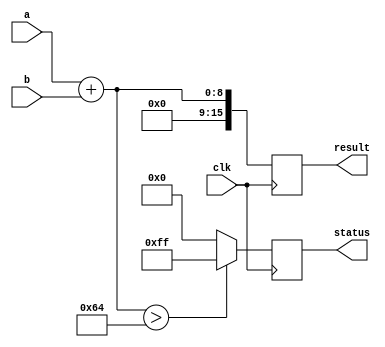
module behavioral_model (
    input wire clk,
    input wire [7:0] a,
    input wire [7:0] b,
    output reg [15:0] result,
    output reg [7:0] status
);

// Signal Declaration
reg [15:0] temp_result;

// Task Declaration
task calculate_sum;
    input [7:0] x;
    input [7:0] y;
    output [15:0] sum;
    begin
        sum = x + y; // Calculate the sum of two inputs
    end
endtask

task check_status;
    input [15:0] sum;
    output [7:0] stat;
    begin
        if (sum > 100) begin
            stat = 8'hFF; // Status high if sum is greater than 100
        end else begin
            stat = 8'h00; // Status low otherwise
        end
    end
endtask

// Continuous Assignment using Non-blocking Assignment
always @(posedge clk) begin
    // Invoke tasks and assign results
    calculate_sum(a, b, temp_result); // Call the task to calculate sum
    check_status(temp_result, status); // Call the task to check status
    result <= temp_result; // Non-blocking assignment to result
end

endmodule